Civil Veterinary Department Bengal reports 1933-51 - 1933-1951
Year: 1933
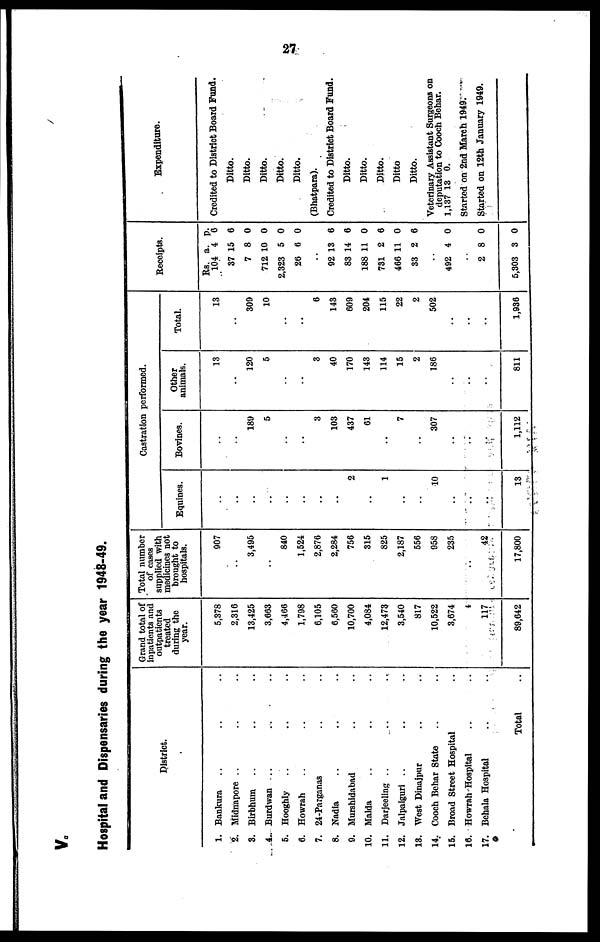
27
V.
Hospital and Dispensaries during the year 1948-49.
District.
1. Bankura .. .. ..
2. Midnapore .. .. ..
3. Birbhum .. .. ..
4. Burdwan .. .. ..
5. Hooghly .. .. ..
6. Howrah .. .. ..
7. 24-Parganas .. ..
8. Nadia .. .. ..
9. Murshidabad .. ..
10. Malda .. .. ..
11. Darjeeling .. .. ..
12. Jalpaiguri .. .. ..
18. West Dinajpur .. ..
14. Cooch Behar State .. ..
15. Broad Street Hospital ..
16. Howrah Hospital .. ..
17. Behala Hospital .. ..
Total ..
Grand total of
inpatients and
outpatients
treated
during the
year.
5,378
2,310
13,425
3,663
4,406
1,798
6,105
6,500
10,700
4,084
12,473
3,540
817
10,522
3,674
4
117
89,642
Total number
of cases
supplied with
medicines not
brought to
hospitals.
907
..
3,495
..
840
1,524
2,876
2,284
756
315
825
2,187
556
958
235
..
42
17,800
Castration performed.
Equines.
..
..
..
..
..
..
..
..
2
..
1
..
..
10
..
..
..
13
Bovines.
..
..
189
5
..
..
3
103
437
61
..
7
..
307
..
..
..
1,112
Other
animals.
13
..
120
5
..
..
3
40
170
143
114
15
2
186
..
..
..
811
Total.
13
..
309
10
..
..
6
143
609
204
115
22
2
502
..
..
..
1,936
Receipts.
Rs.
104
37
7
712
2,323
26
..
92
83
188
731
466
33
..
492
..
2
5,303
a.
4
15
8
10
5
6
13
14
11
2
11
2
4
8
3
p.
6
6
0
0
0
0
6
6
0
6
0
6
0
0
0
Expenditure.
Credited to District Board Fund.
Ditto.
Ditto.
Ditto.
Ditto.
Ditto.
(Bhatpara).
Credited to District Board Fund.
Ditto.
Ditto.
Ditto.
Ditto
Ditto.
Veterinary Assistant Surgeons on
deputation to Cooch Behar.
1,137 13 0.
Started on 2nd March 1949.
Started on 12th January 1949.